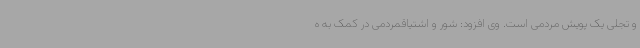
و تجلی یک پویش مردمی است. وی افزود: شور و اشتیاقمردمی در کمک به ه